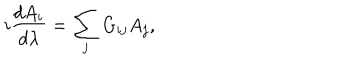
i { \frac { d A _ { i } } { d \lambda } } = \sum _ { j } G _ { i j } A _ { j } ,